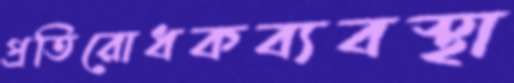
প্রতিরোধকব্যবস্থা